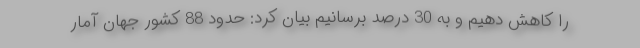
را کاهش دهیم و به 30 درصد برسانیم بیان کرد: حدود 88 کشور جهان آمار